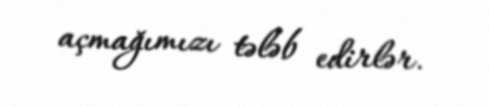
açmağımızı tələb edirlər.